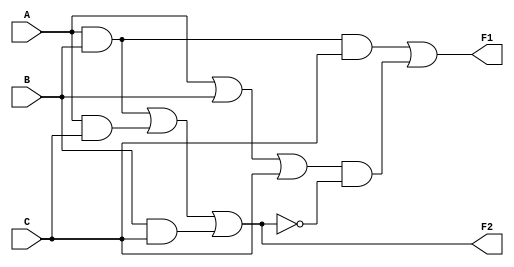
module  Circuit_1(A, B, C, F1, F2);
output  F1, F2;
input   A, B, C;

and     G1(T2, A, B, C);
or      G2(T1, A, B, C);
and     G3(T4, A, B);
and     G4(T5, A, C);
and     G5(T6, B, C);
or      G6(F2, T4, T5, T6);
not     G7(T7, F2);
and     G8(T3, T1, T7);
or      G9(F1, T2, T3);

endmodule